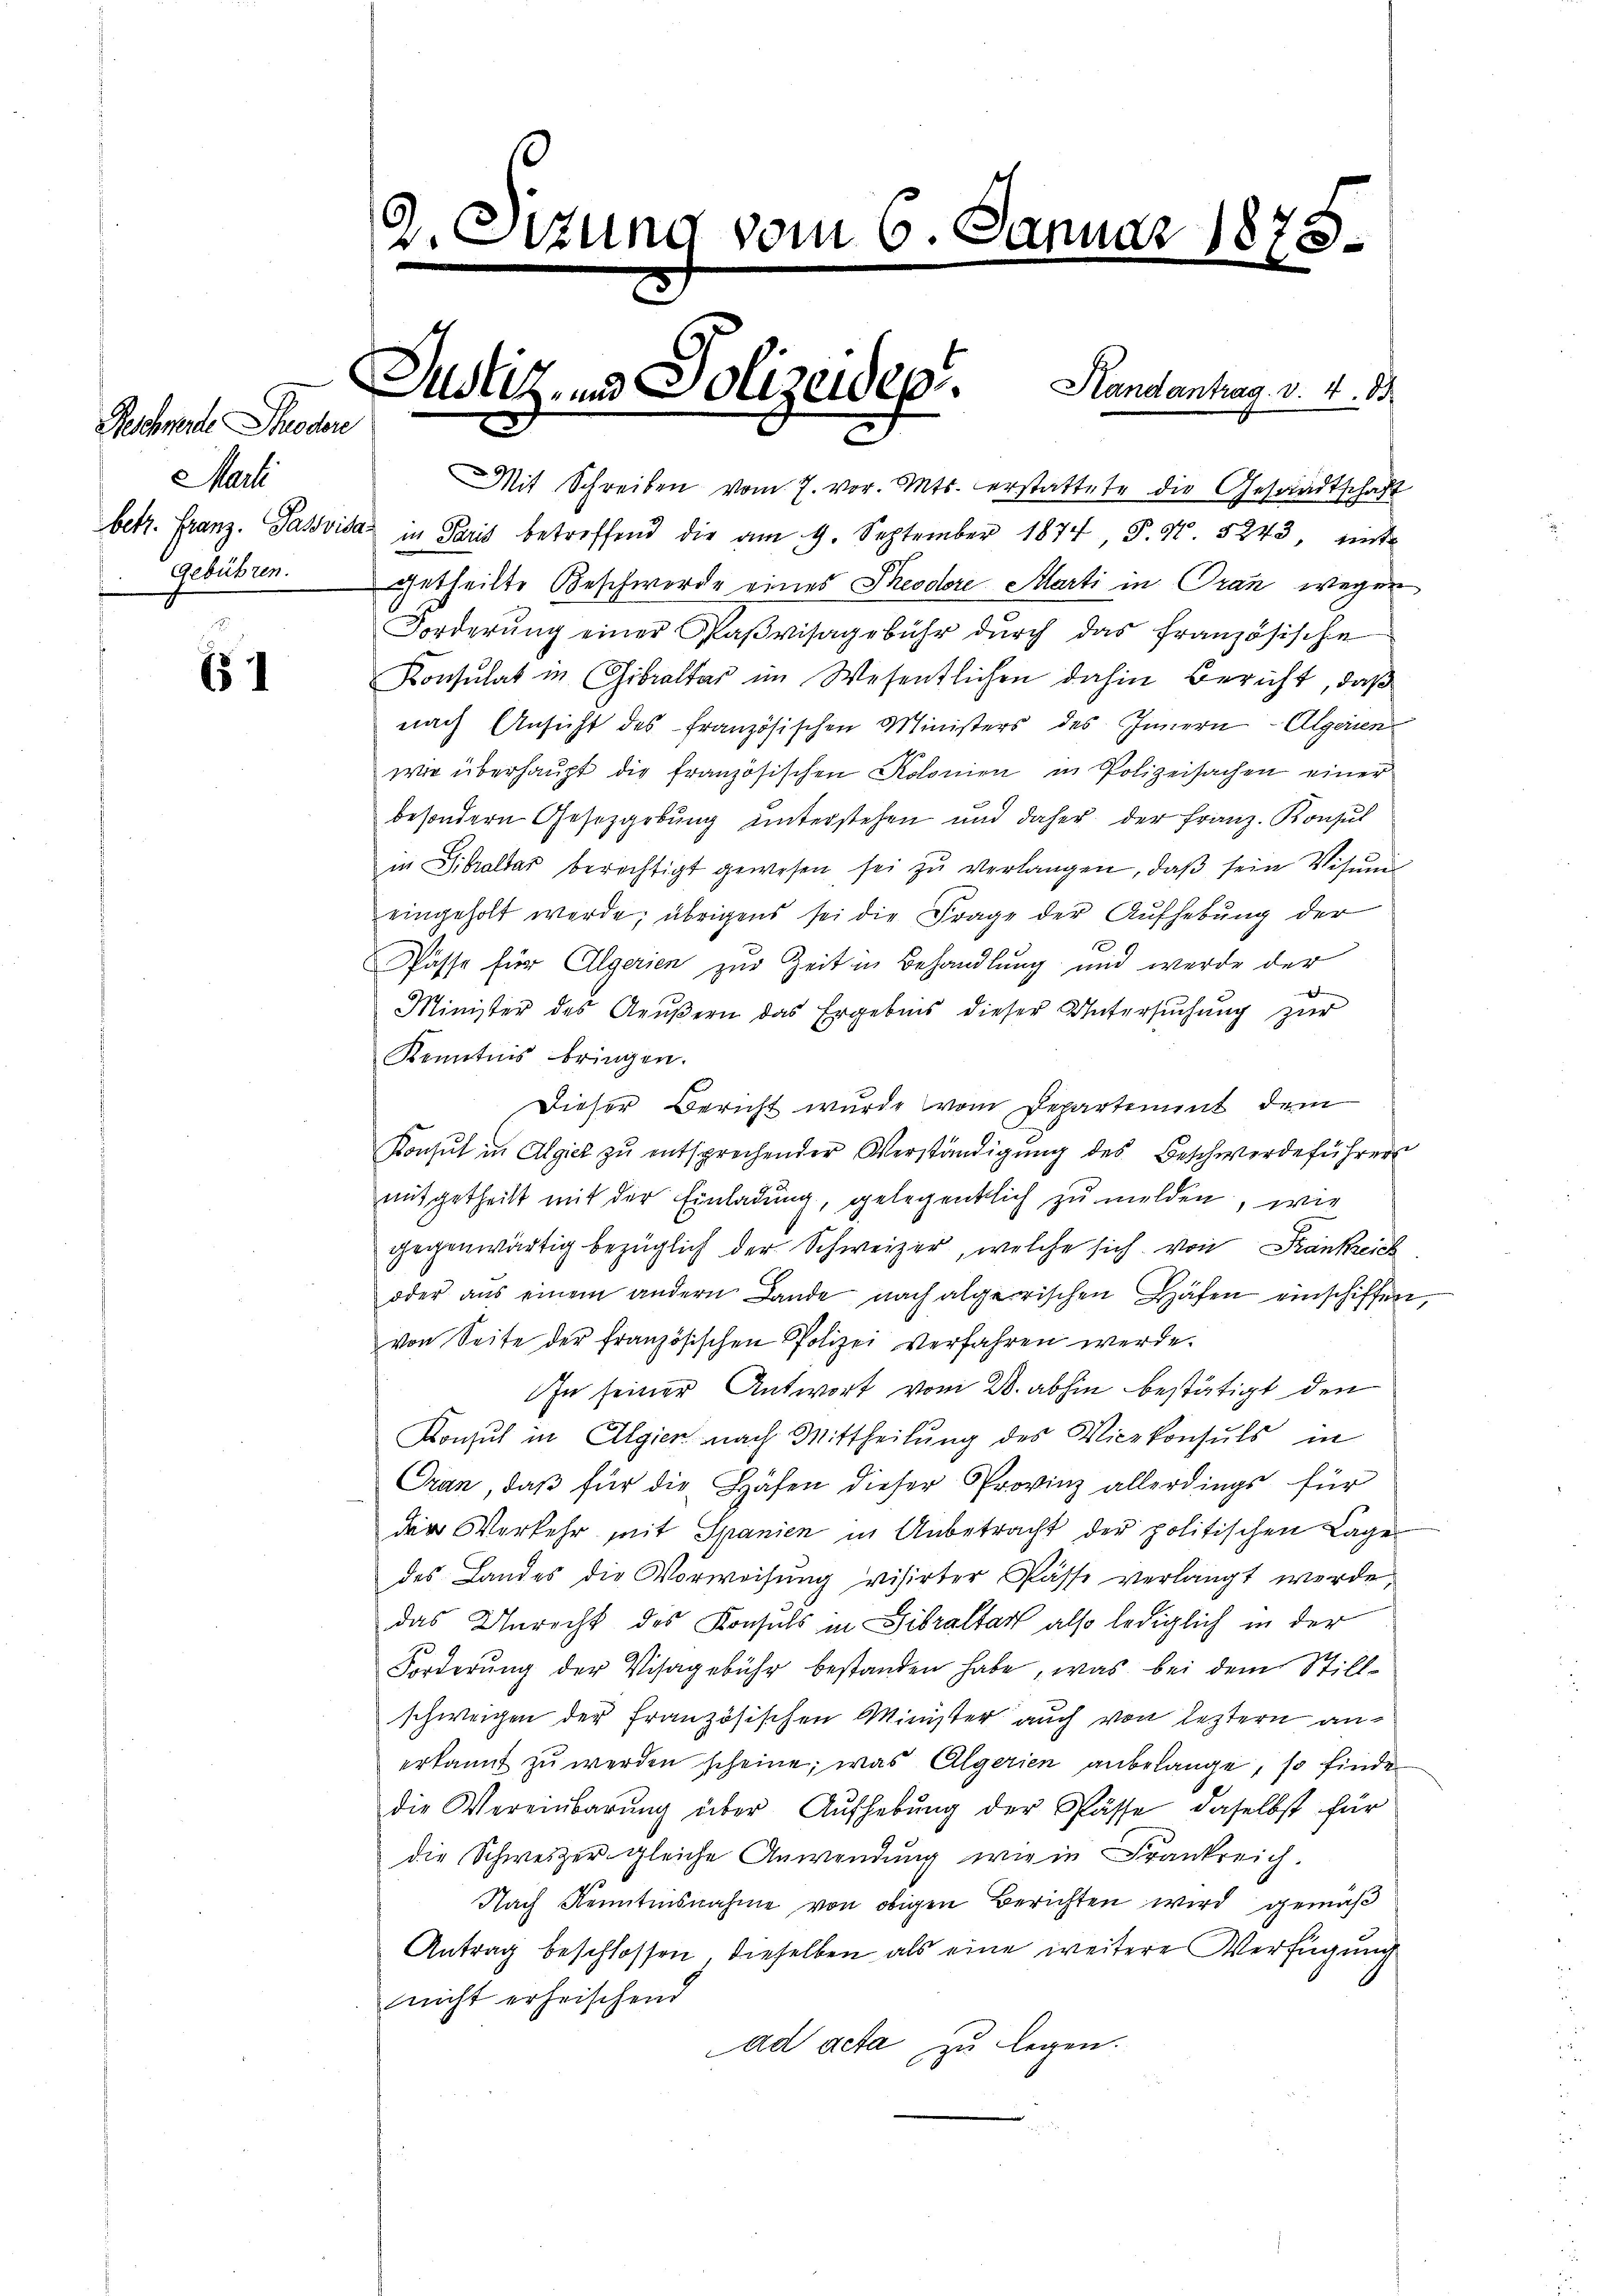
Beschneide Theodor
Mart
Gebühren.

1

.S.

c

zung vom 6. Januar 1873.

Mit Schreiben vom 7. vor. Mts. erstattete die Gesandtschaft
betr. Franz. Passvisa in Paris betreffend die am 9. September 1874, P. Nr. 5243, ent
getheilte Beschwerde eines Theodore Marti in Oran wegen
Forderŭng einer Paβvisagebühr dŭrch das französische
Konsulat in Gibraltar im Wesentlichen dahin Bericht, daß
nach Ansicht des französischen Ministers des Innern - Algeren
wie überhaupt die französischen Kolonien in Polizeisachen einer
besondern Gesetzgebŭng ŭnterstehen und daher der Franz. Konsul
in Sibraltar berechtigt gewesen sei zŭ verlangen, daβ sein Visŭn
eingeholt werde; übrigens sei die Frage der Aufhebung der
1
Pässe für Algerien zur Zeit in Behandlung und werde der
Minister des Aeŭβern das Ergebnis dieser Untersŭchŭng zŭr
Kenntnis bringen.
Dieser Bericht wurde vom Departement dem
Konsul in Algie zu entsprechender Verständigŭng des Beschwerdeführer
mitgetheilt mit der Einladung, gelegentlich zu melden, wie
gegenwärtig bezüglich der Schweizer, welche sich von Frankreich
oder aus einem andern Lande nach algerischen Häfen einschiffen,
von Seite der französischen Polizei verfahren werde.
In seiner Antwort vom 28. abhin bestätigt den
Konsul in Algien nach Mittheilŭng des Vicekonsuls in
Oran, daß für die Häfen dieser Provinz allerdings für
der Verkehr mit Spanien in Anbetracht der politischen Lage
des Landes die Vorweisung visirter Pässe verlangt werde,
das Unrecht des Konsuls in Gibraltar also lediglich in der
Forderŭng der Visagebühr bestanden habe, was bei dem Still-
schweigen der französischen Minister auch von leztern anerkannt zŭ werden scheine; was Algerien anbelange, so finde
die Vereinbarŭng über Aŭfhebŭng der Pässe, daselbst für
die Schweizergleiche Anwendung wie in Frankreich.
Nach Kenntnisnahme von obigen Berichten wird gemäß
Antrag beschlossen, dieselben als eine weitere Verfügung
nicht erheischend
ad acta zu legen.

Justiz- und Polizeidept. Handantrag v. 4. 18